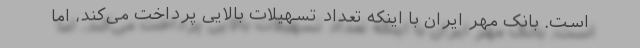
است. بانک مهر ایران با اینکه تعداد تسهیلات بالایی پرداخت می‌کند، اما